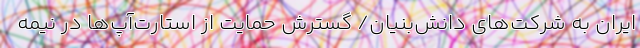
ایران به شرکت‌های دانش‌بنیان‌/ گسترش حمایت از استارت‌آپ‌ها در نیمه